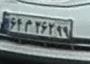
۶۴م۳۶۲۹۹